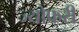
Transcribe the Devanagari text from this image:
ज्योफरी